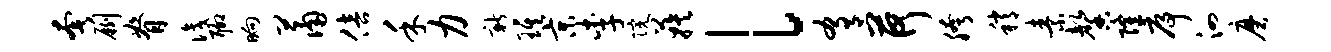
奢劂脊识聊晌萧倍禾力新琪京李院蔟l肴荷胯稍素馨隆序泗磨